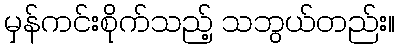
မှန်ကင်းစိုက်သည့် သဘွယ်တည်း။